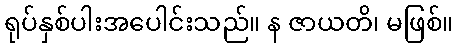
ရုပ်နှစ်ပါးအပေါင်းသည်။ န ဇာယတိ၊ မဖြစ်။